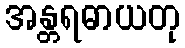
အန္တရဓာယတု